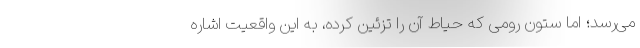
می‌رسد؛ اما ستون رومی که حیاط آن را تزئین کرده، به این واقعیت اشاره